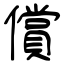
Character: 償